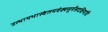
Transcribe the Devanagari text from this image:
उत्थायभास्वंतमवेक्ष्यसूर्यंसदक्षिणांवि